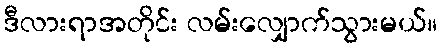
ဒီလားရာအတိုင်း လမ်းလျှောက်သွားမယ်။